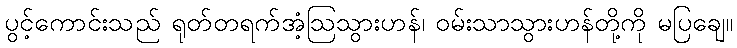
ပွင့်ကောင်းသည် ရုတ်တရက်အံ့ဩသွားဟန်၊ ဝမ်းသာသွားဟန်တို့ကို မပြချေ။